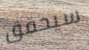
سيحقق